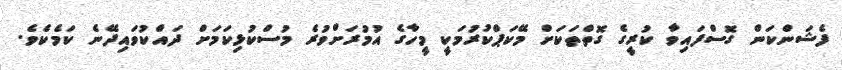
ފެޝަންކަން ގޮސްފައިވާ ކުރީގެ ގޮތްތަކަށް މޭކަޕްކުރުމަކީ މީހާގެ އުމުރަށްވުރެ މުސްކުޅިކަމަށް ދައްކުވައިދޭނެ ކަމެކެވެ.